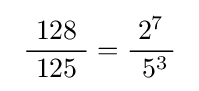
\ {\frac {\ 128\ }{125}}={\frac {\;2^{7}\ }{\;5^{3}}}\